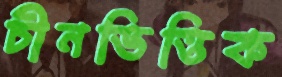
চীনভিত্তিক